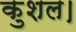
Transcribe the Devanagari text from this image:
कुशल।